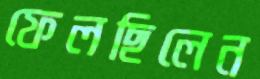
ফেলছিলেন